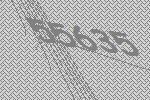
55635